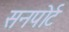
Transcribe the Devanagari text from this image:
सनपोर्ट